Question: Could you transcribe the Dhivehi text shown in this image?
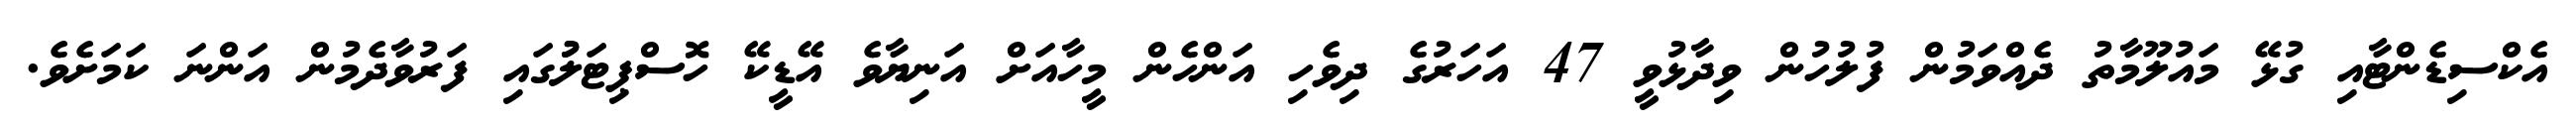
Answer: އެކްސިޑެންޓާއި ގުޅޭ މައުލޫމާތު ދެއްވަމުން ފުލުހުން ވިދާޅުވީ 47 އަހަރުގެ ދިވެހި އަންހެން މީހާއަށް އަނިޔާވެ އޭޑީކޭ ހޮސްޕިޓަލުުގައި ފަރުވާދެމުން އަންނަ ކަމަށެވެ.